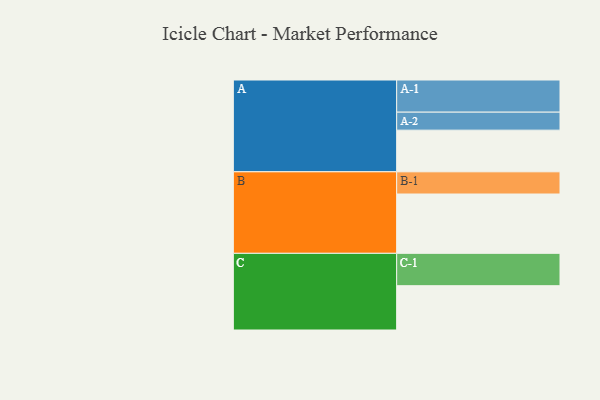
{"axis": {"x": "Segment", "y": "Value"}, "legend": ["", "A", "B", "C"], "data": [{"x": "A", "y": 377, "type": ""}, {"x": "B", "y": 537, "type": ""}, {"x": "C", "y": 401, "type": ""}, {"x": "A-1", "y": 291, "type": "A"}, {"x": "A-2", "y": 163, "type": "A"}, {"x": "B-1", "y": 201, "type": "B"}, {"x": "C-1", "y": 293, "type": "C"}]}